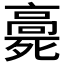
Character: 𩫓